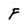
Character: F